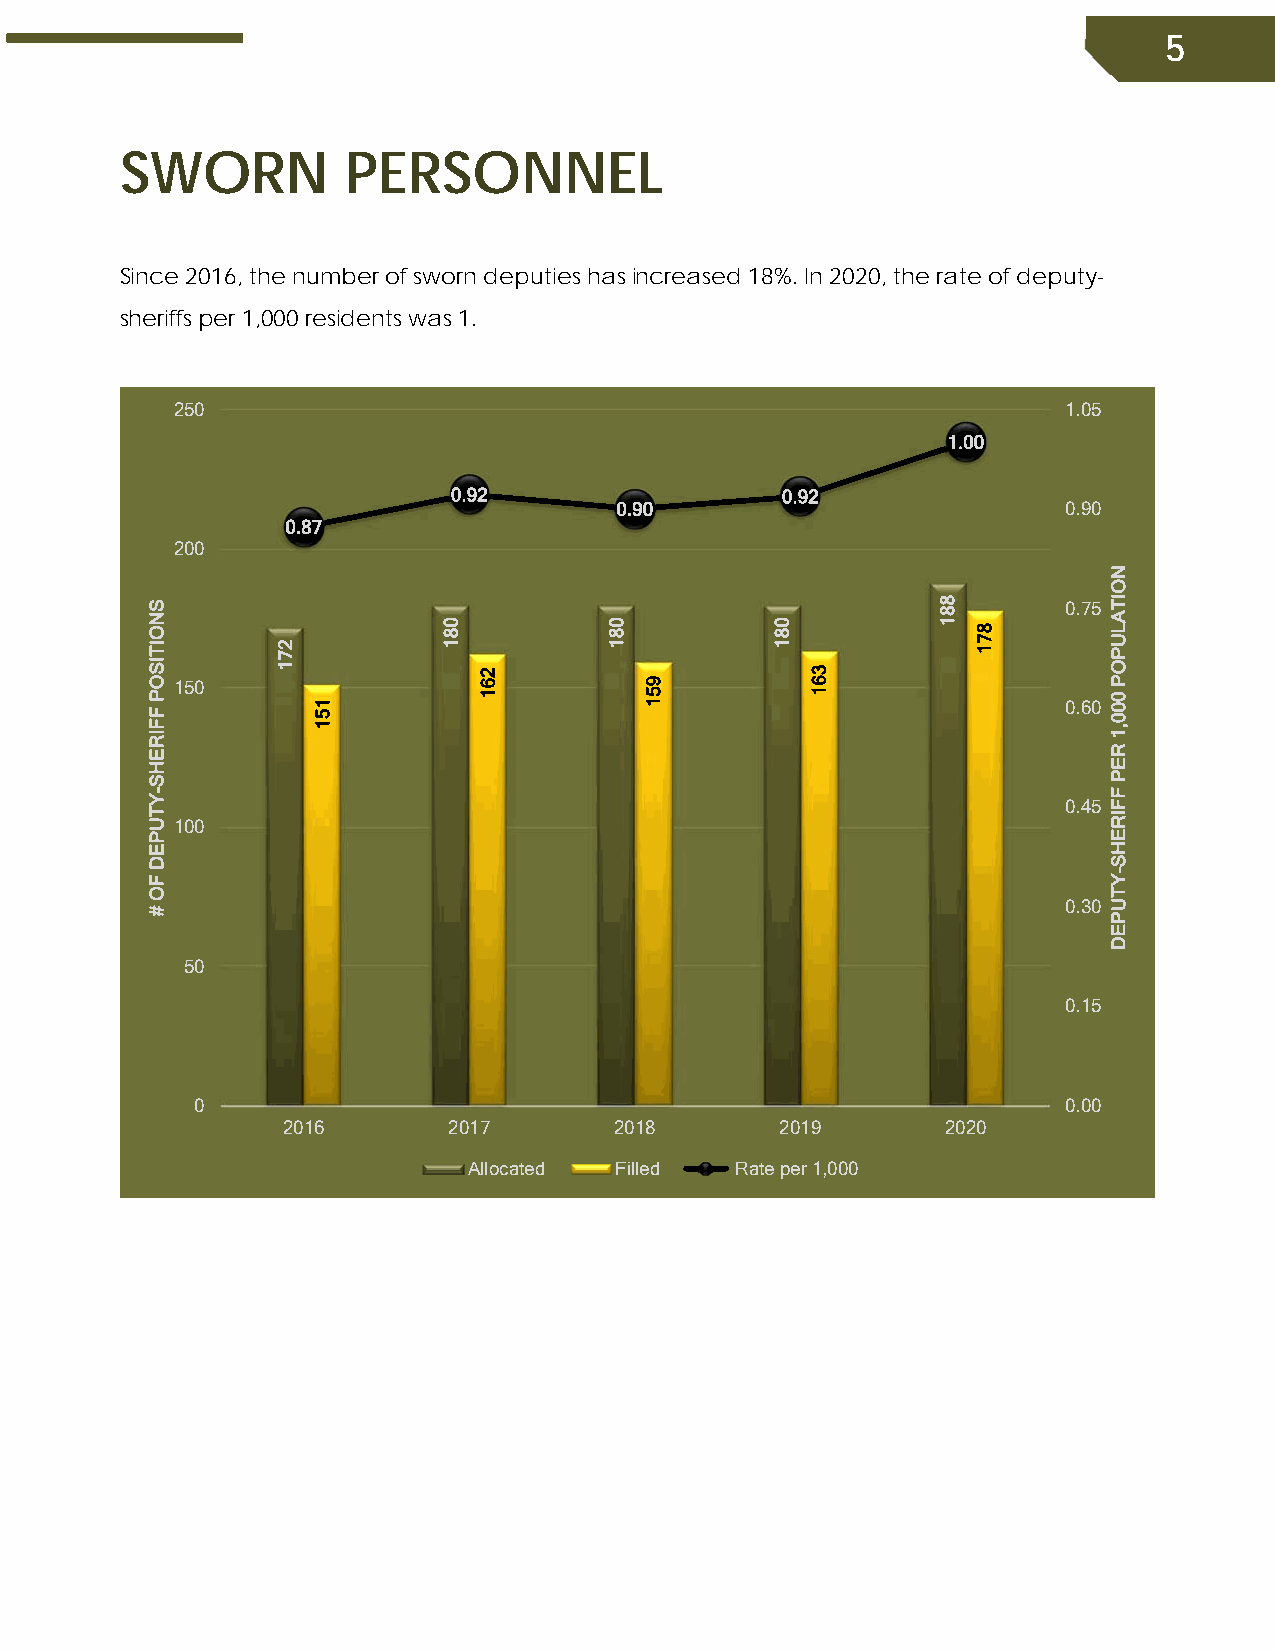
5
 SWORN          PERSONNEL
 Since 2016, the number of sworn deputies has increased 18%. In 2020, the rate of deputy-
 sheriffs per 1,000 residents was 1.
 250                                                         1.05
 1.00
 0.92                  0.92
 0.90                          0.90
 0.87
 200
 0.75
 150
 0.60
 0.45
 100
 0.30
 50
 0.15
 0                                                         0.00
 2016       2017       2018       2019       2020
 Allocated Filled  Rate per 1,000
 SNOITISOP
 FFIREHS-YTUPED
 FO
 #
 271
 151
 081
 261
 081
 951
 081
 361
 881
 871
 NOITALUPOP
 000,1
 REP
 FFIREHS-YTUPED